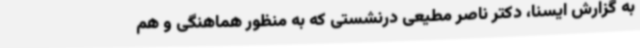
به گزارش ایسنا، دکتر ناصر مطیعی درنشستی که به منظور هماهنگی و هم